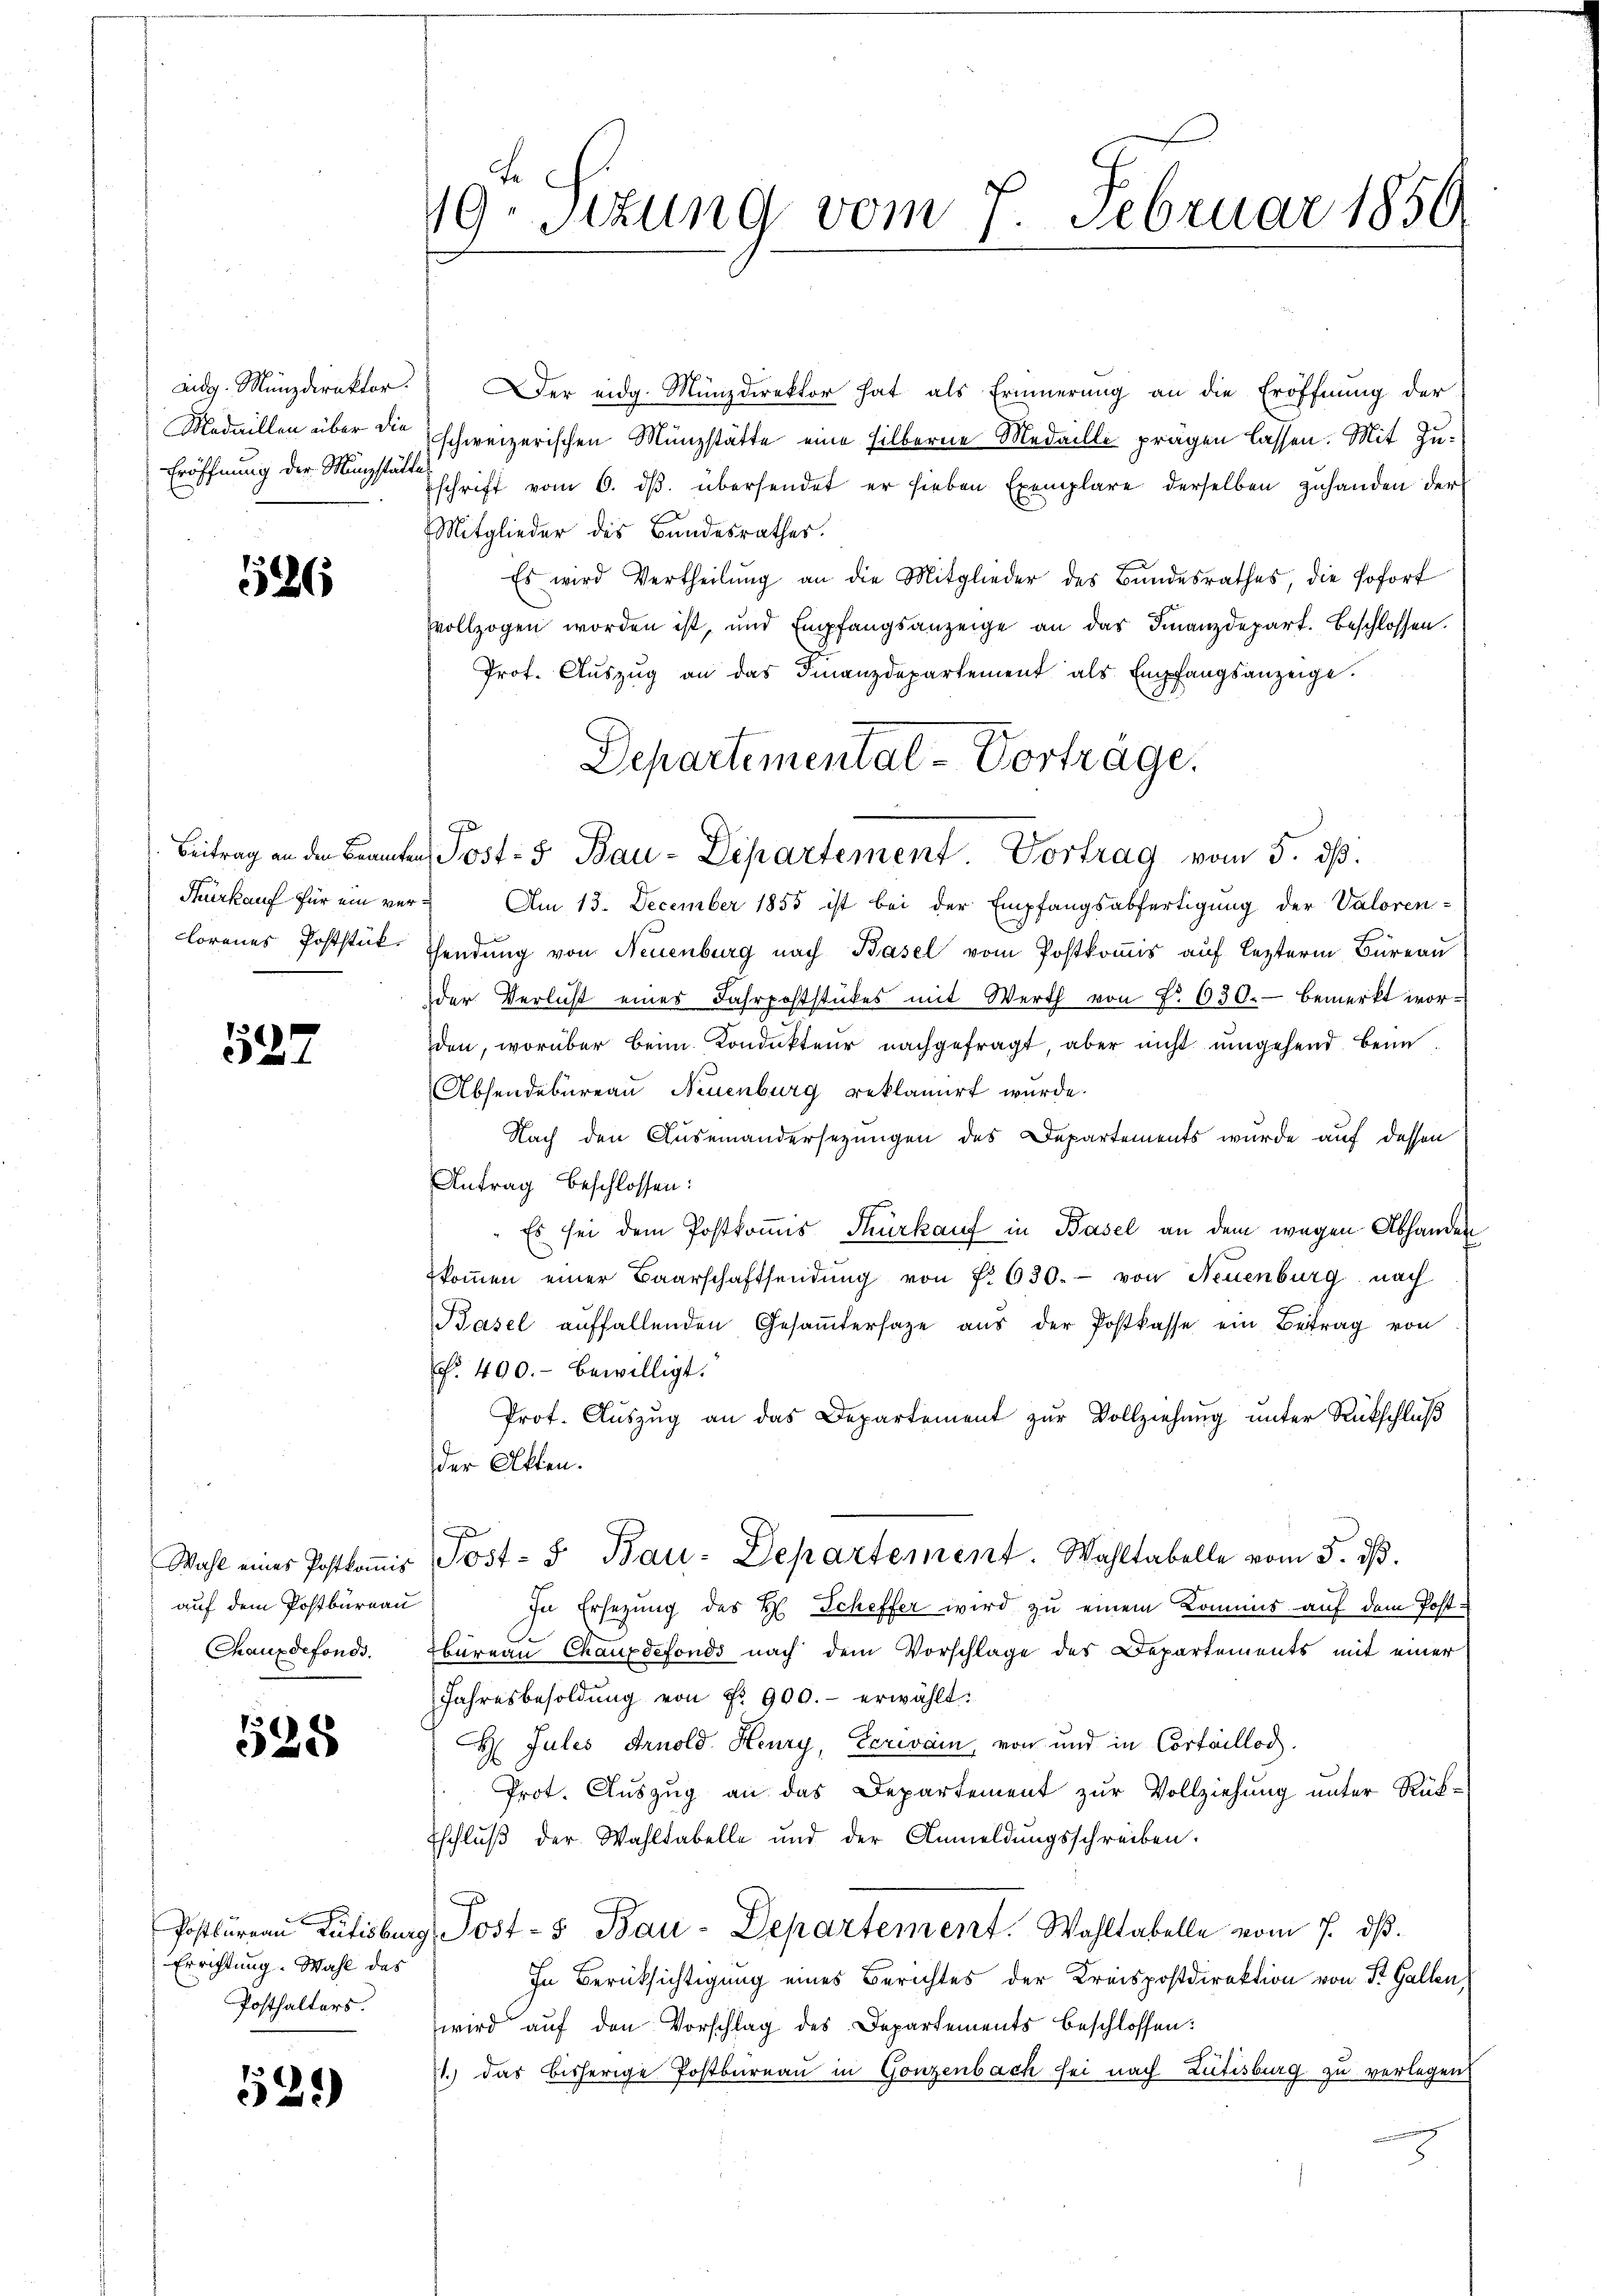
adg. Münzdirektor.
Medaillen über die
Eröffnung der Münzstätte

526

Fürkauf für ein ver¬

527

Wahl eines Postkommis
auf dem Postbureau
Chauxdefonds.

528

Errichtung. Wahl das
Posthalters.

529)

19. Sizung vom 7. Februar 1856

Der eidg. Münzdirektor hat als Erinnerung an die Eröffnŭng der
schweizerischen Münzstätte eine silberne Medaille prägen lassen. Mit Zuschrift vom 6. dβ. übersendet er hieben Exemplare derselben zuhanden der
Mitglieder des Bundesrathes.
Es wird Vertheilŭng an die Mitglieder des Bŭndesrathes, die sofort
vollzogen worden ist, und Empfangsanzeige an das Finanzdepart. Beschlossen.
Prof. Auszug an das Finanzdepartement als Empfangsanzeige.
Am 13. December 1855 ist bei der Empfangsabfertigung der Valoren-
Lorenes Poststück Sendung von Neuenburg nach Basel vom Postkommis auf lezterm Büreau
der Verlust eines Fahrpoststückes mit Werth von Nr. 630. bemerkt worden, worüber beim Kondukteur nachgefragt, aber nicht umgehend beim
Absendebureau Neuenburg reklamirt wurde.
Nach den Auseinandersezungen des Departements wurde auf dessen
Antrag beschlossen:
" Es sei dem Postkommis Thurkauf in Basel an dem wegen Abhanden
koṁen einer Baarschaftsendŭng von f. 630. von Neuenburg nach
Basel aŭffallenden Gesaṁtersage aŭs der Postkasse ein Beitrag von
f. 400.- bewilligt.
Prof. Aŭszŭg an das Departement zŭr Vollziehung unter Rückschluß
der Atten.
Post- u Bau-Departement. Wahltabelle vom 5. dß.
In Ersezung des H. Scheffer wird zu einem Kommis auf dem Post¬
Ebureau Chauxdefonds nach dem Vorschlage des Departements mit einer
Jahresbesoldŭng von Nr. 900.- erwählt:
H Julis Arnold Henry, Ecrevain, von und in Cortaillog.
Prot. Auszug an das Departement zur Vollziehung unter Rück¬
Eschluß der Wahltabelle und der Anmeldungsschreiben.
Postbüreau Rütisburg Post- 5 Bau-Departement. Wahltabelle vom 7. dβ.
In Berücksichtigung eines Berichtes der Kreispostdirektion von St. Gallen,
wird auf den Vorschlag des Departements beschlossen:
11.) das bisherige Postbureau in Gonzenbach sei nach Rütisburg zu verlegen

Departemental-Vorträge.
Beitrag an den Branten Post- & Bau-Departement Vortrag vom 5. ds.